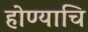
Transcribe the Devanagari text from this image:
होण्याचि